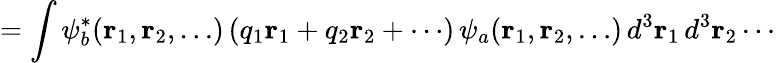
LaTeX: =\int\psi_{b}^{*}(\mathbf{r}_{1},\mathbf{r}_{2},\ldots)\, (q_{1}\mathbf{r}_{1}+q_{2}\mathbf{r}_{2}+\cdots)\, \psi_{a}(\mathbf{r}_{1},\mathbf{r}_{2},\ldots)\, d^{3}\mathbf{r}_{1}\, d^{3}\mathbf{r}_{2}\cdots